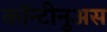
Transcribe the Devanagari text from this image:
कॉन्टीनुअस